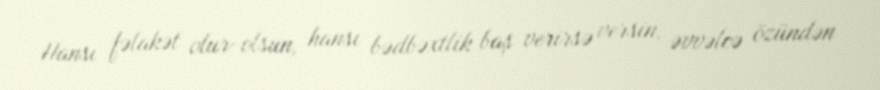
Hansı fəlakət olur-olsun, hansı bədbəxtlik baş verirsə versin, əvvəlcə özündən